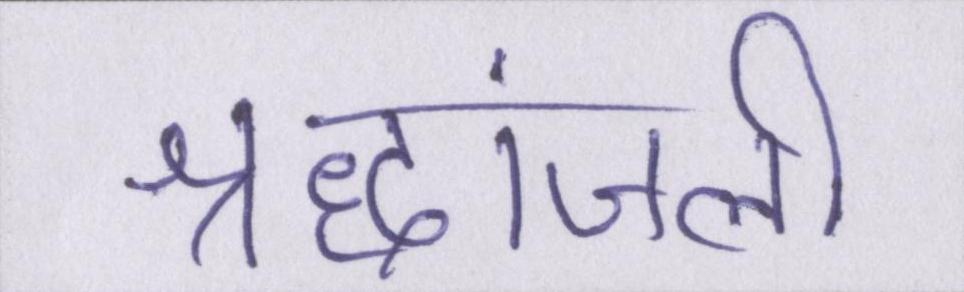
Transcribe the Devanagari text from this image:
श्रद्धांजली